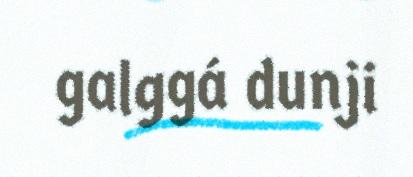
galggá dunji